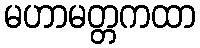
မဟာမတ္တကထာ